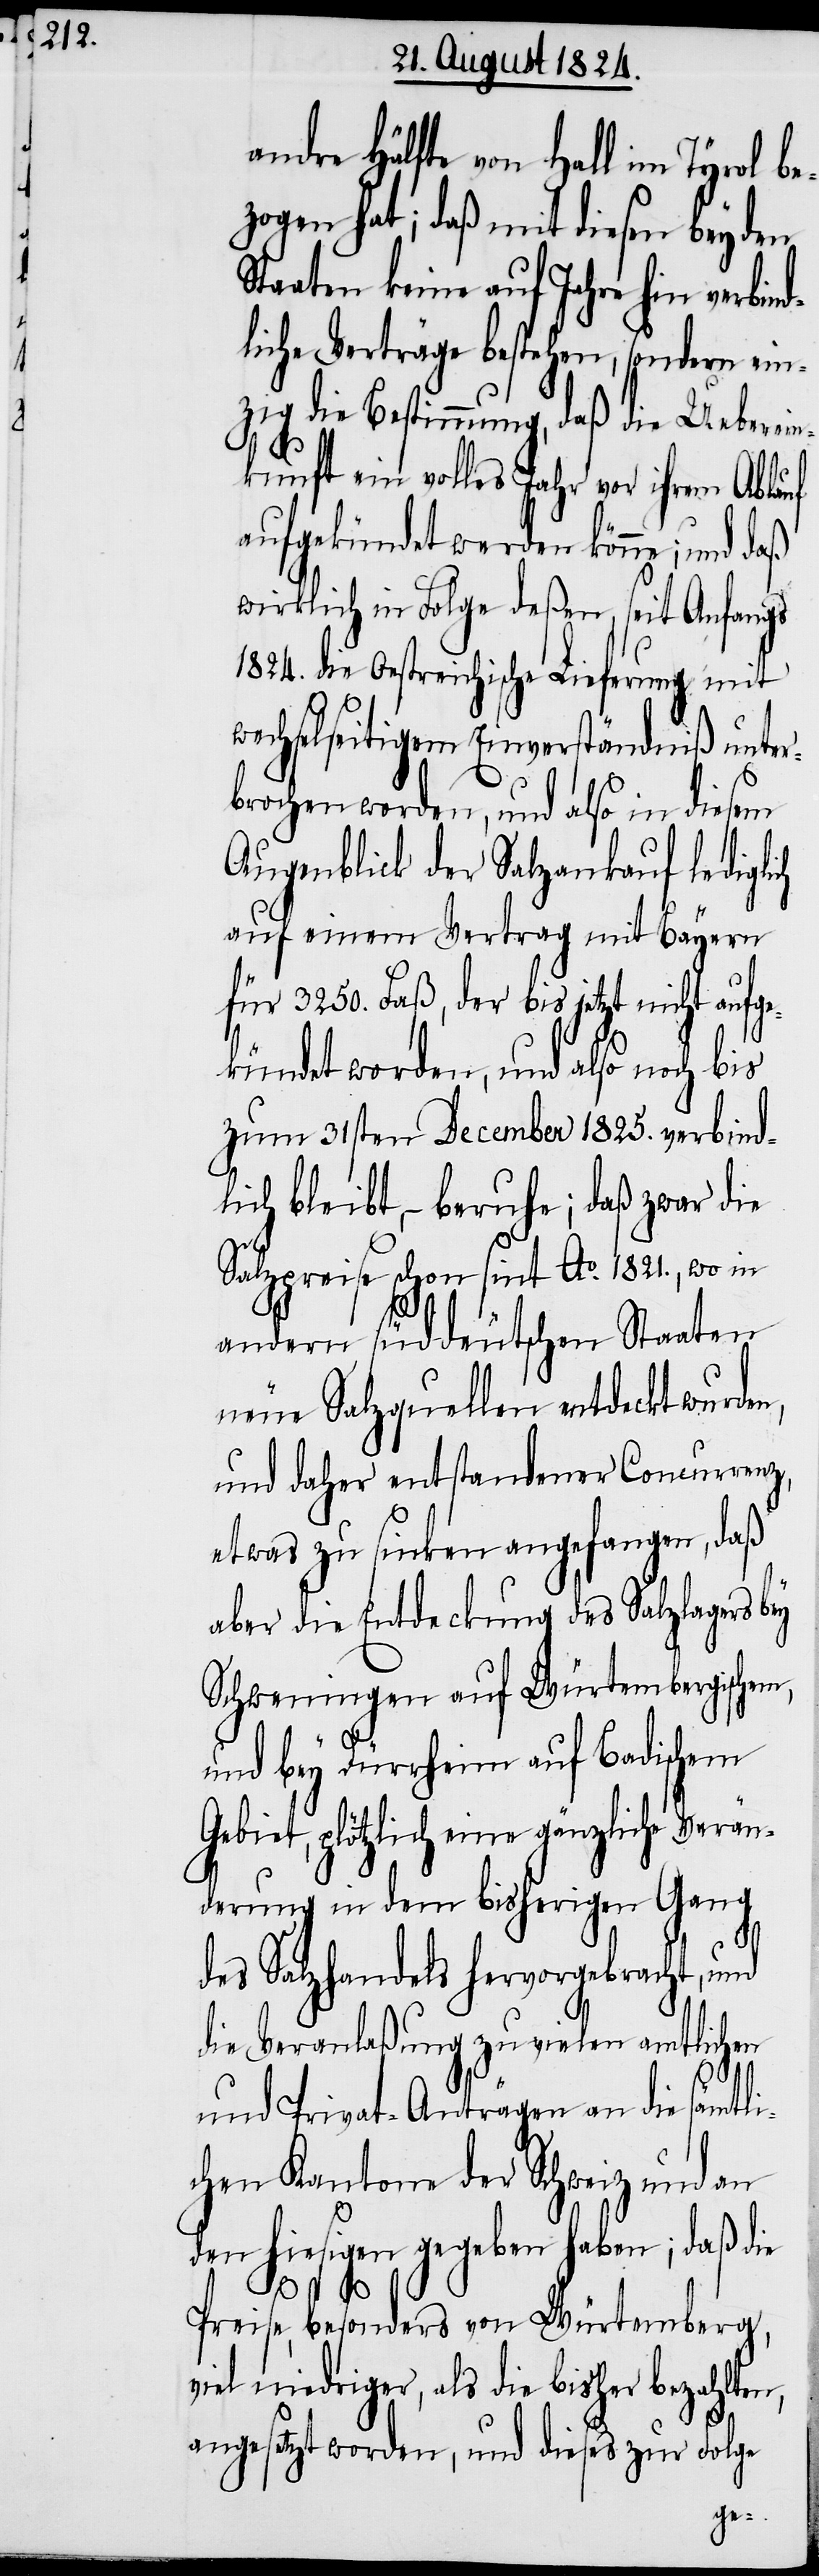
uf

andre Hälfte von Hall im Tyrol be¬
zogen hat; daß mit diesen beyden
Staaten keine auf Jahre hin ver¬
liche Verträge bestehen, sondern ei¬
nzig die Bestimmung, daß die Ueberein¬
kunft ein volles Jahr vor ihrem Abla¬
aufgekündet werden könne; und daß
wirklich in Folge deßen, seit Anfangs
die Oestreichische Lieferung mit
wechselseitigem Einverständniß unter¬
brochen worden, und also in diesem
Augenblick der Salzankauf lediglich
auf einem Vertrag mit Bayern
für 3250. Faß, der bis jetzt nicht aufge¬
kündet worden, und also noch bis
zum 31sten December 1825. verbind¬
lich bleibt, – beruhe; daß zwar die
Salzpreise schon sint Ao. 1821., wo in
andern süddeutschen Staaten
neue Salzquellen entdeckt wurden,
und daher entstandener Concurrenz,
etwas zu sinken angefangen, daß
aber die Entdeckung des Salzlagers bey
Schweningen auf Würtembergischen,
und bey Dürrheim auf Badischem
Gebiet, plötzlich eine gänzliche Verän¬
derung in dem bisherigen Gang
des Salzhandels hervorgebracht, und
die Veranlaßung zu vielen amtlichen
und Privat-Anträgen an die sämtli¬
chen Kantone der Schweiz und an
den hiesigen gegeben haben; daß die
Preise, besonders von Würtemberg,
viel niedriger, als die bisher bezahlten,
angesetzt worden, und dieses zur Folge
bind¬